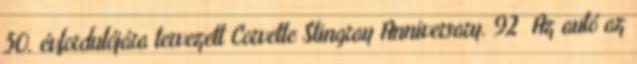
50. évfordulójára tervezett Corvette Stingray Anniversary. 92 Az autó az